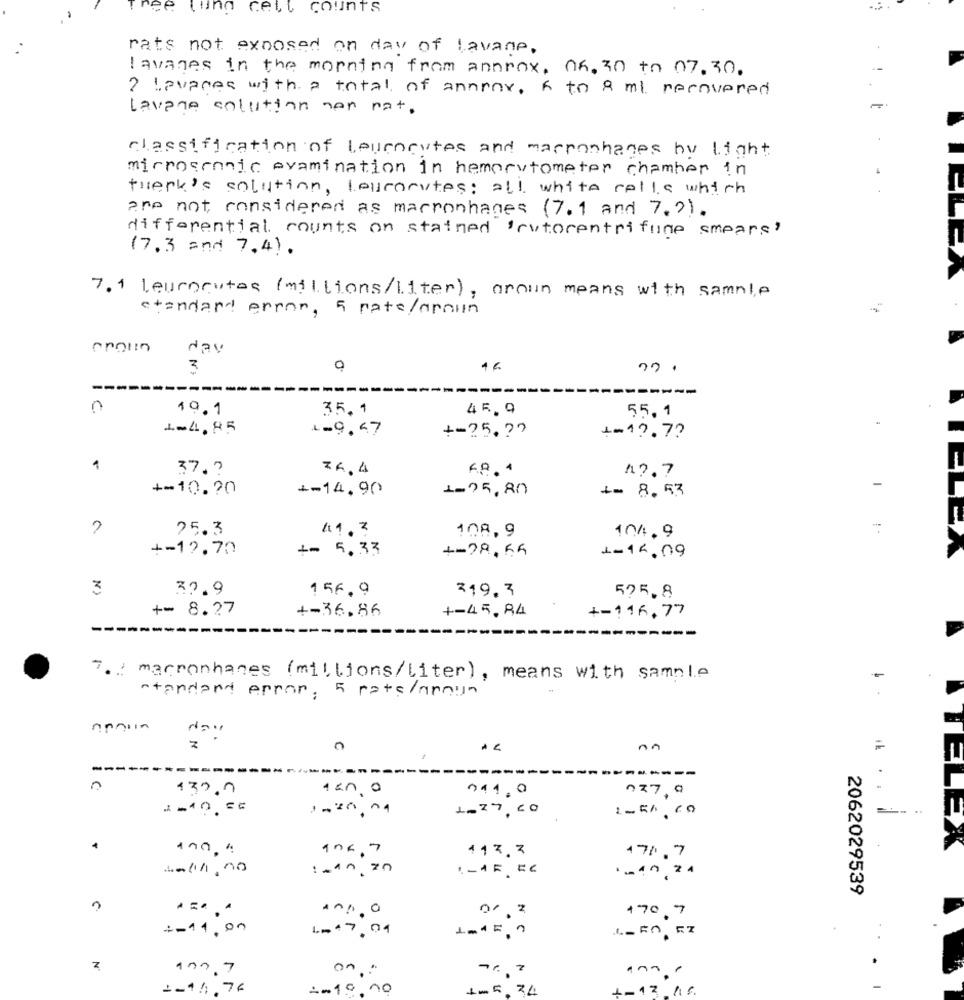
nee tuing cell
counts
rats not exposed on day of lavane.
lavages in the morning from annrox. 05. 30 to 07.30.
2 lavages with a total of annow, 6 to 8 ml recovered
Lavare solution non nat.
classification of leucocytes and macrophages hu light
microscopic examination in hemorvtometer chamber in
twerk's solution, leucocytes: all white cells which
are not considered as macronhages (7.1 and 7.2).
differential counts on stained 'cytocentrifuge smears?
17.3 and 7.4).
7.1 leucocytes (millions/liter), aroun means with sample
standard error, 5 rate/apnun
day
3
16
n
19.1
35.4
45.9
55.1
1-4.85
1-9,47
+-25 .??
+=47.7?
37, 7
74.4
F.P. 4
1 ?. 7
-
+-10.20
+-14.90
+= 8.53
1-75,80
25.3
41.3
104.9
108.9
+-12,70
$= 5.33
1-14.09
3
37.9
1 56.9
319. 3
525.8
+- 8.27
+-36.86
+-45.84
+-116,77
---
7. 1 macronhanes (millions/Liter), means with sample
standard error , 5 rats/anoyn
z
C
An
=
----
130.7
0
011.0
127,0
2-19. 50
1-20,04
1.27,60
1-5h 60
106.7
117.7
171.7
1.10.20
2062029539
170.7
or, z
4-11.00
1.017.04
L-FO RZ
z
197. 7
on
1-11,76
2010
no
. 5.34
-12 16.